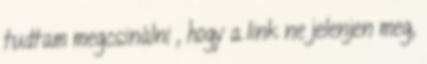
tudtam megcsinálni , hogy a link ne jelenjen meg,